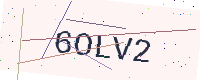
Text: 6OLV2